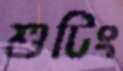
শুটিং